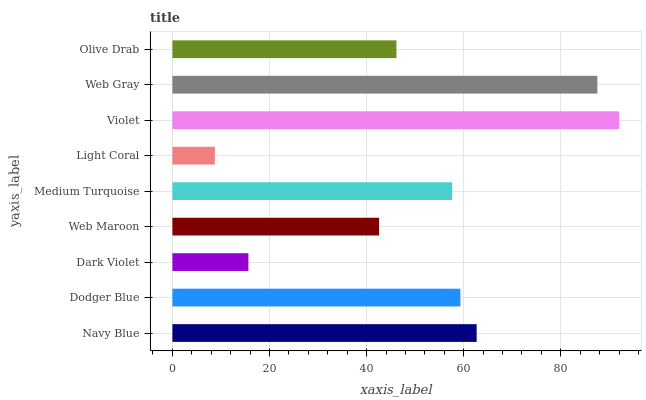
| yaxis_label | bars |
 | --- | --- |
 | Navy Blue | 62.7 |
 | Dodger Blue | 59.3 |
 | Dark Violet | 15.7 |
 | Web Maroon | 42.6 |
 | Medium Turquoise | 57.6 |
 | Light Coral | 8.74 |
 | Violet | 92 |
 | Web Gray | 87.5 |
 | Olive Drab | 46.1 |